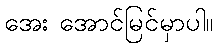
အေး အောင်မြင်မှာပါ။